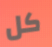
كل